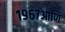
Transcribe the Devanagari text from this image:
१९६७आणि